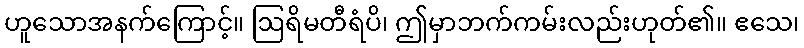
ဟူသောအနက်ကြောင့်။ ဩရိမတီရံပိ၊ ဤမှာဘက်ကမ်းလည်းဟုတ်၏။ ဧသေ၊